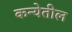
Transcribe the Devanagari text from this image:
कन्येतील